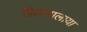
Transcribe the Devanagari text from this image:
फ़िल्मालाया